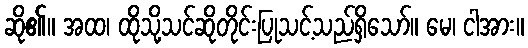
ဆို၏။ အထ၊ ထိုသို့သင်ဆိုတိုင်းပြုသင့်သည်ရှိသော်။ မေ၊ ငါအား။